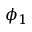
\phi _ { 1 }